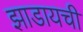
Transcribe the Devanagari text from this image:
झाडायची